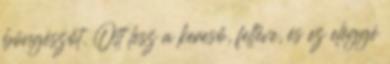
böngészőt. Ott lesz a kereső, feltéve, és ez eléggé